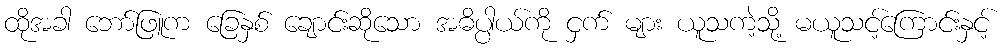
ထိုအခါ ဘော်ဖြူက ခြေနှစ် ချောင်းဆိုသော အဓိပ္ပါယ်ကို ငှက် များ ယူသကဲ့သို့ မယူသင့်ကြောင်းနှင့်